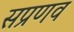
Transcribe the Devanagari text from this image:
सप्रणव